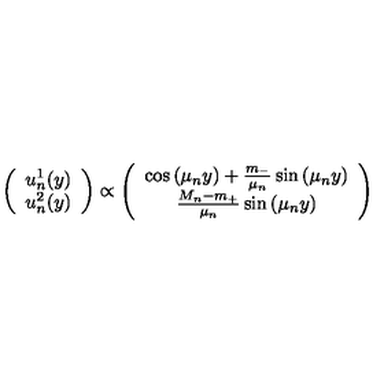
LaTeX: \left( \begin{array} { c } { u _ { n } ^ { 1 } ( y ) } \\ { u _ { n } ^ { 2 } ( y ) } \\ \end{array} \right) \propto \left( \begin{array} { c } { \cos \left( \mu _ { n } y \right) + \frac { m _ { - } } { \mu _ { n } } \sin \left( \mu _ { n } y \right) } \\ { \frac { M _ { n } - m _ { + } } { \mu _ { n } } \sin \left( \mu _ { n } y \right) } \\ \end{array} \right)